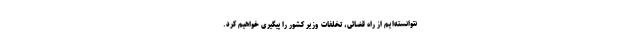
نتوانسته‌ایم از راه قضائی، تخلفات وزیر کشور را پیگیری خواهیم کرد.